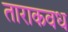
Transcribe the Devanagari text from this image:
ताराकवध